Leningradi_Edasi_toimetus, lk 16
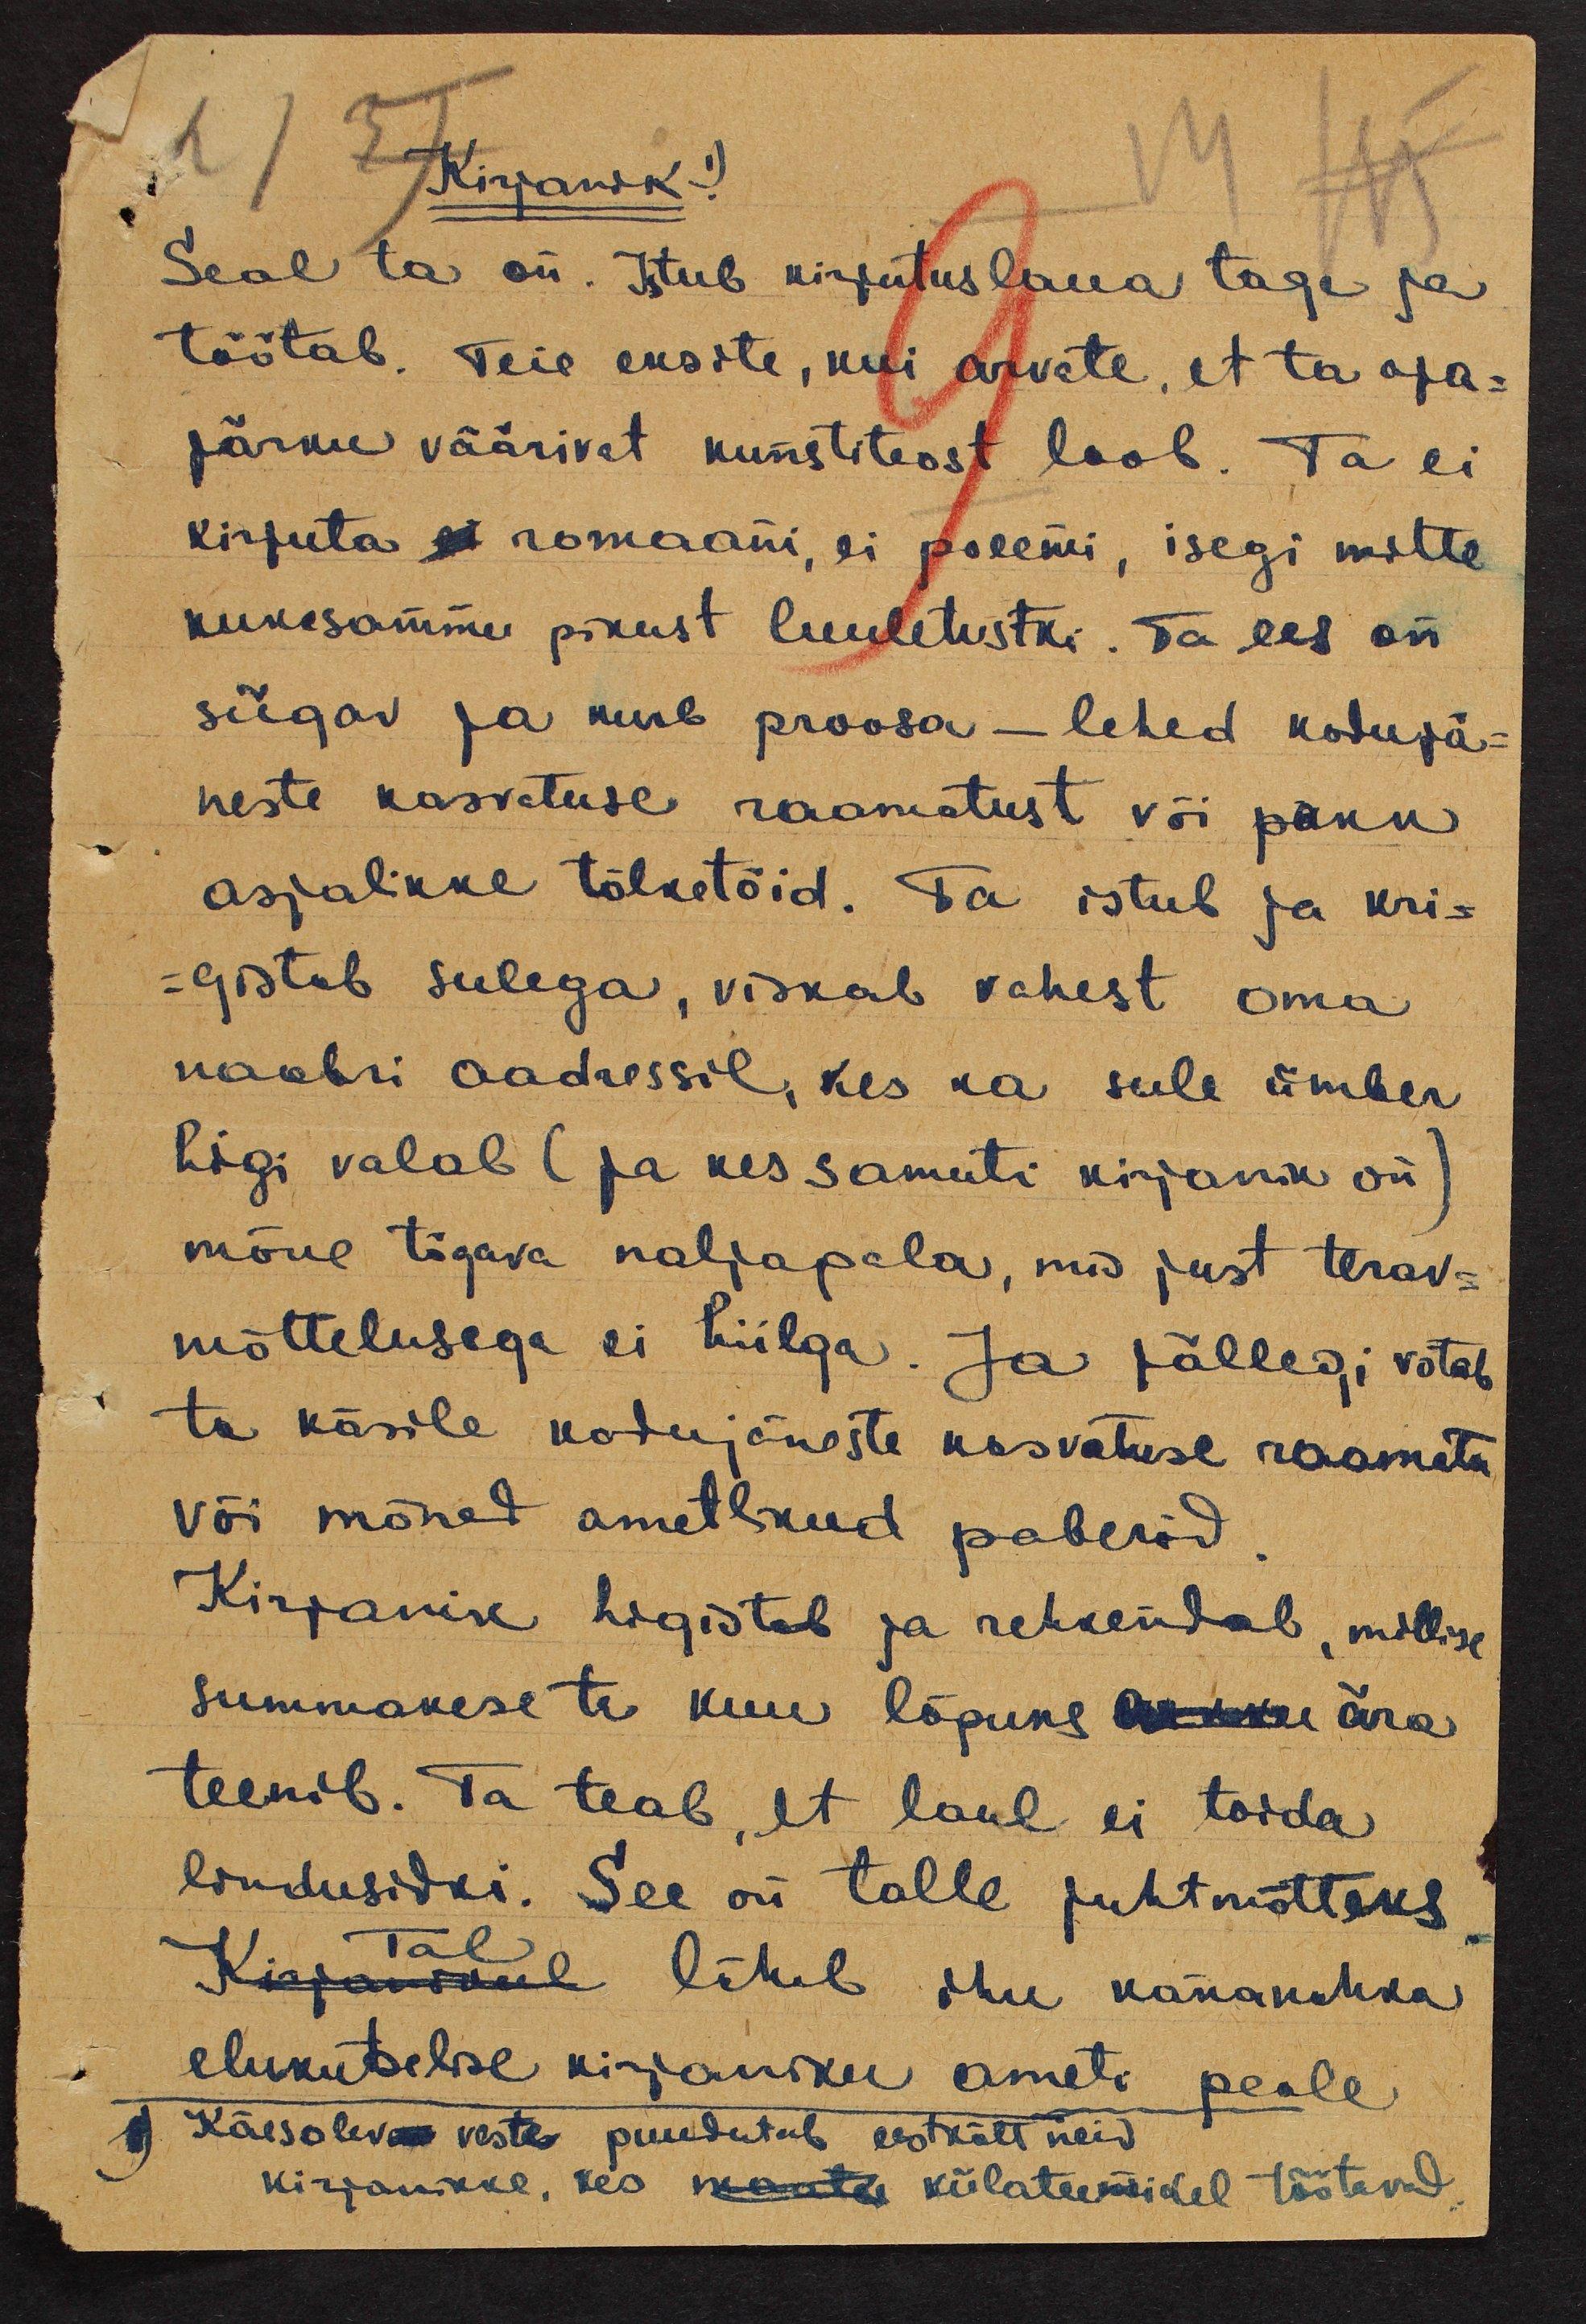
Kirjanik!
Seal ta on. Istub kirjutuslaua taga ja
töötab. Teie eksite, kui arvate, et ta aja-
järku väärivat kunstiteost loob. Ta ei
kirjuta ei romaani, ei poeemi, isegi mitte
kukesammu pikust luuletustki. Ta ees on
sügav ja kurb proosa - lehed kodujä-
neste kasvatuse raamatust või pakk
asjalikke tõlketöid. Ta istub ja kri-
gistab sulega, viskab vahest oma
naabri aadressil, kes ka sule ümber
higi valab (ja kes samuti kirjanik on)
mõne tögava naljapala, mis just terav-
mõttelusega ei hiilga. Ja jällegi võtab
ta käsile kodujäneste kasvatuse raamatu
või mõned ametlikud paberid
Kirjanik higistab ja rehkendab, millise
summakese ta kuu lõpuks arvu ära
teenib. Ta teab, et laul ei toida
lindusidki. See on talle juhtmõtteks
Kirjanikul läheb ihu kananahka
Tal
elukutselise kirjaniku ameti peale.
1) Käesolev veste puudutab eeskätt neid
kirjanikke, kes maata külateenridel töötavad.